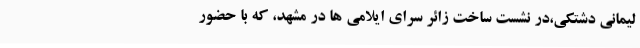
لیمانی دشتکی،در نشست ساخت زائر سرای ایلامی ها در مشهد، که با حضور